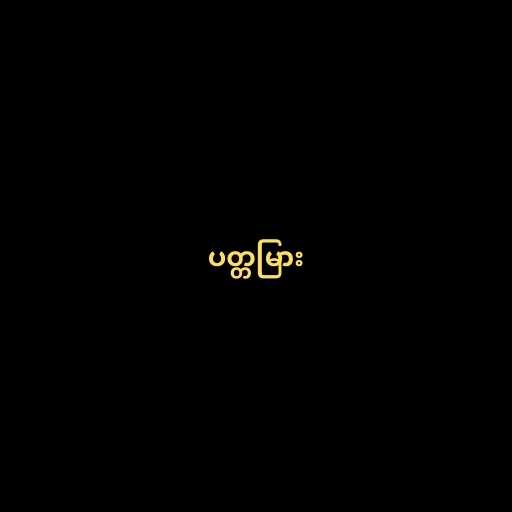
ပတ္တမြား